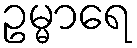
ဥမ္မာရေ